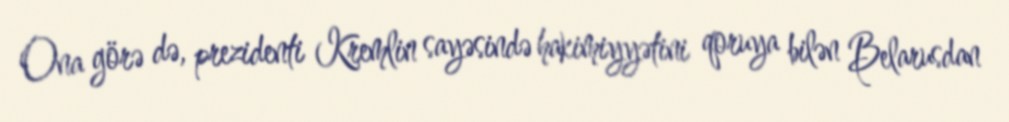
Ona görə də, prezidenti Kremlin sayəsində hakimiyyətini qoruya bilən Belarusdan